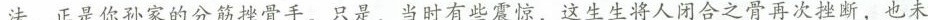
法，正是你孙家的分筋错骨手。只是，当时有些震惊，这生生将人闭合之骨再次挫断，也未